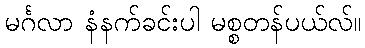
မင်္ဂလာ နံနက်ခင်းပါ မစ္စတန်ပယ်လ်။